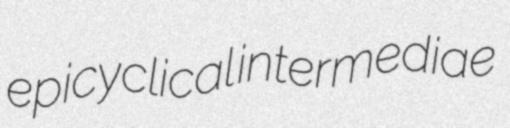
epicyclical intermediae